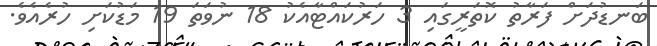
ބަނޑުދަށް ފަރާތު ކޮތަރީގައި 3 ހަރުކައްޓާއެކު 18 ނުވަތަ 19 މަޑުކަށި ހުރެއެވެ.